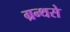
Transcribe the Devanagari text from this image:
ग्रन्थसे